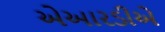
એઆરડીએ